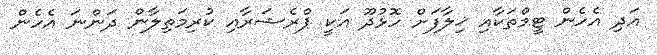
އަދި އެހެން ޓީމްތަކާއި ޚިލާފަށް ހޮޅުދޫ އަކީ ޕްރެޝަރާއި ކުރިމަތިލާން ދަންނަ އެހެން